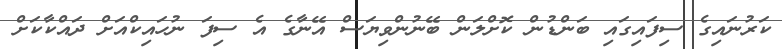
ކަރުނައިގެ ސިފައިގައި ބަންޑުން ކޮށްލަން ބޭނުންވިޔަސް އޭނާގެ އެ ސިފަ ނުހައިކްއަށް ދައްކާކަށް